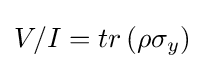
V/I=tr\left(\rho \sigma _{y}\right)